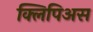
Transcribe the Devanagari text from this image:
क्लिपिअस